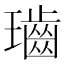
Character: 𤪷